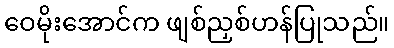
ဝေမိုးအောင်က ဖျစ်ညှစ်ဟန်ပြုသည်။